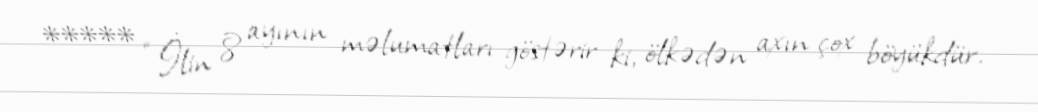
***** “İlin 8 ayının məlumatları göstərir ki, ölkədən axın çox böyükdür.